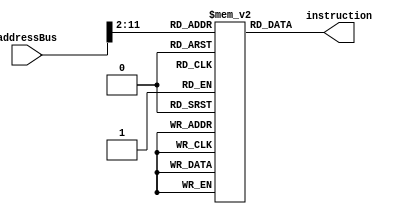
module instructionMemory(
input   [31:0] addressBus,
output  [31:0] instruction
);

reg [31:0] mem [1023:0];

initial
begin
    /*mem[0] = 32'h20020032;
    mem[1] = 32'h2001000a;
    mem[2] = 32'h14220001;
    mem[3] = 32'h08000006;
    mem[4] = 32'h2021000a;
    mem[5] = 32'h08000002;
    mem[6] = 32'hac220064;
    mem[7] = 32'h00411020;
    mem[8] = 32'h8c420032;
    mem[9] = 32'h0023102a;
    mem[10] = 32'hac41000a;*/
    mem[0] = 32'h2002000a;
    mem[1] = 32'h2001000a;
    mem[2] = 32'h2003000e;
    mem[3] = 32'h14220000;
    mem[4] = 32'h1423fffe;

end

assign instruction =  mem[addressBus[31:2]];


endmodule